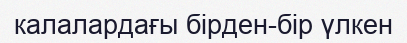
калалардағы бірден-бір үлкен